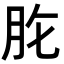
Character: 𦙋